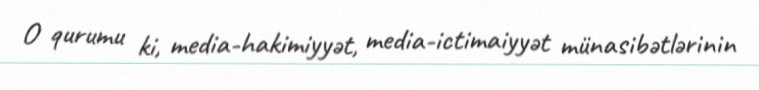
O qurumu ki, media-hakimiyyət, media-ictimaiyyət münasibətlərinin